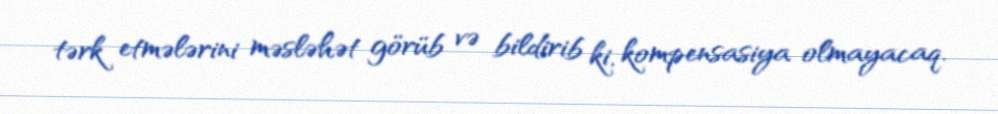
tərk etmələrini məsləhət görüb və bildirib ki, kompensasiya olmayacaq.